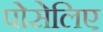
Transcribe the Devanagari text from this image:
पोसेलिए